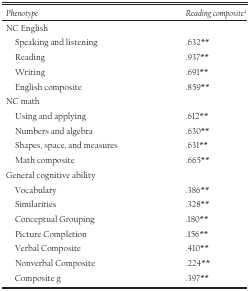
| Phenotype | Reading compositea |
 | --- | --- |
 | <COLSPAN=2> NC English |
 | Speaking and listening | .632** |
 | Reading | .937** |
 | Writing | .691** |
 | English composite | .859** |
 | <COLSPAN=2> NC math |
 | Using and applying | .612** |
 | Numbers and algebra | .630** |
 | Shapes, space, and measures | .631** |
 | Math composite | .665** |
 | <COLSPAN=2> General cognitive ability |
 | Vocabulary | .386** |
 | Similarities | .328** |
 | Conceptual Grouping | .180** |
 | Picture Completion | .156** |
 | Verbal Composite | .410** |
 | Nonverbal Composite | .224** |
 | Composite g | .397** |